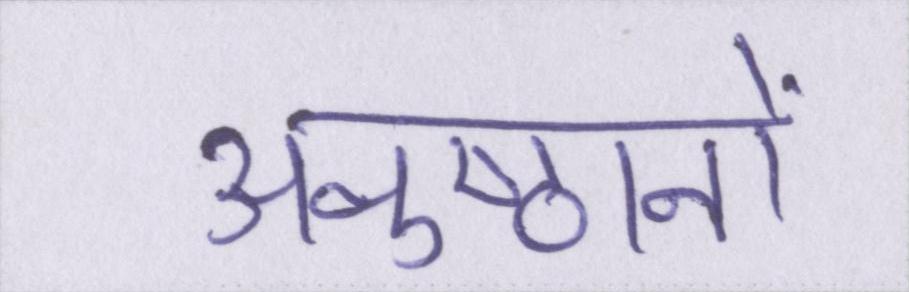
अनुष्ठानों